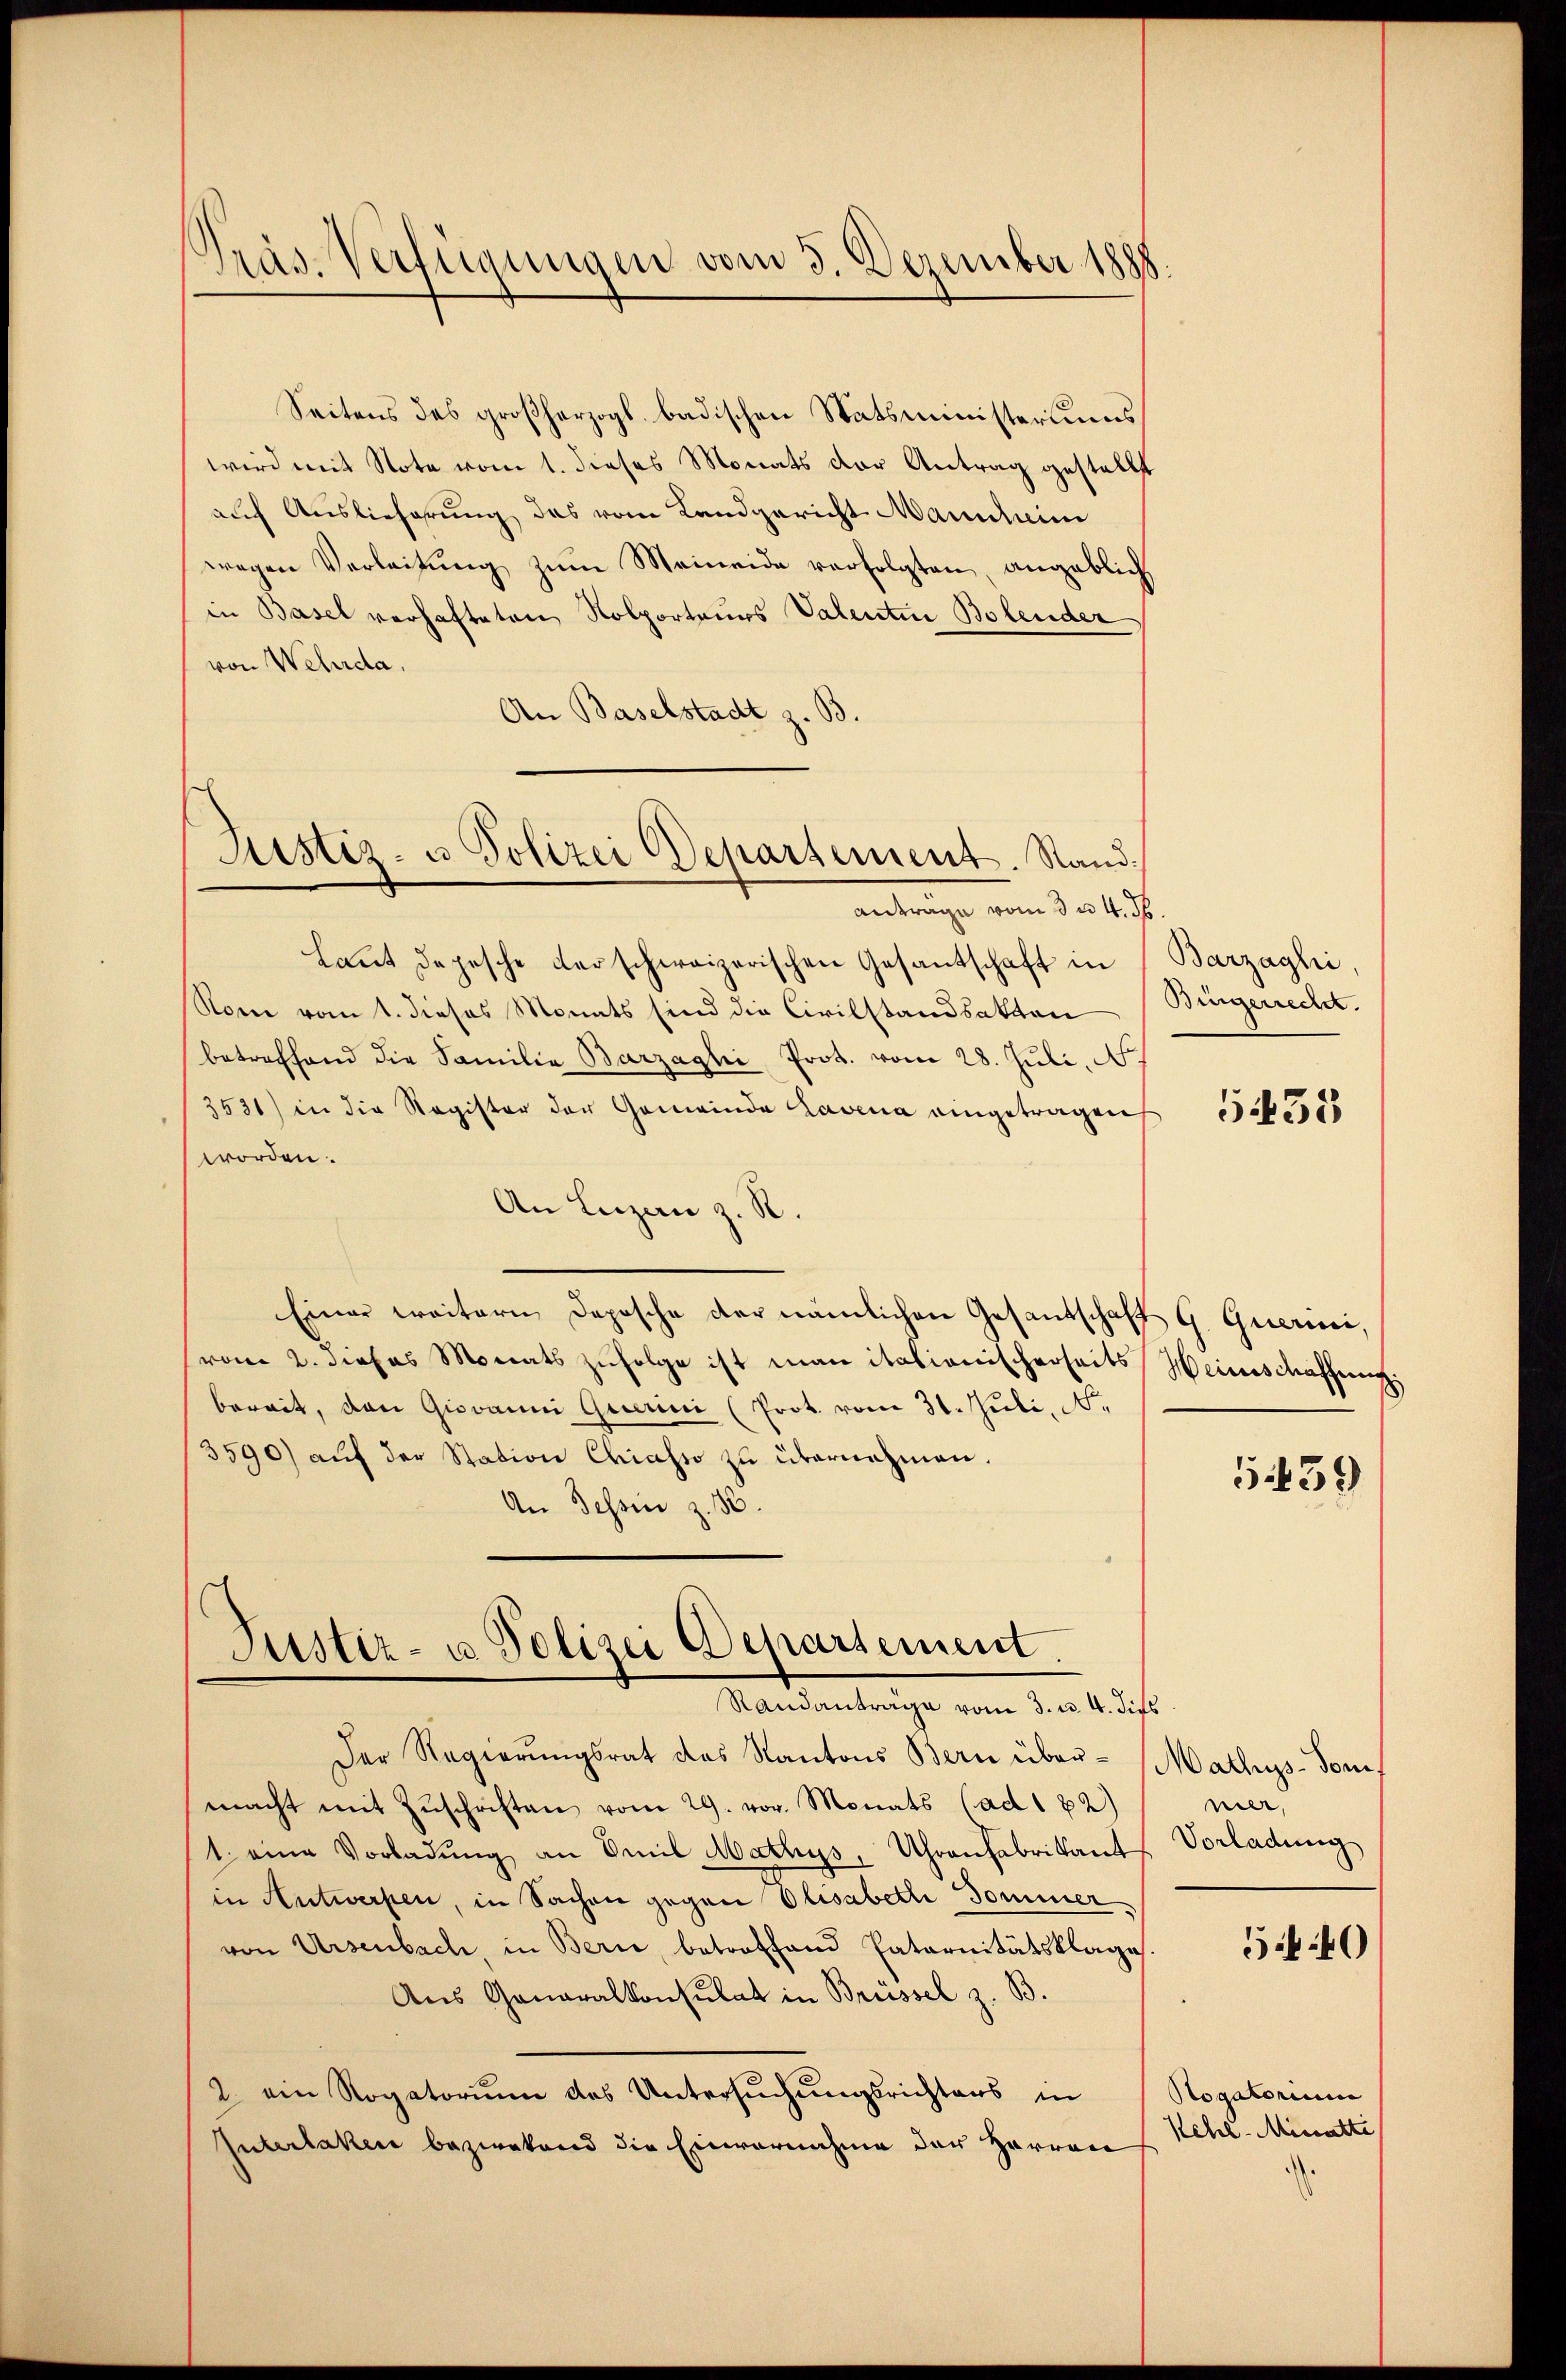
Präs. Verfügungen vom 3. Dezember 1888.

Seitens des großherzogl. badischen Statsministeriums
wird mit Note vom 1. dieses Monats der Antrag gestellt
auf Auslieferung das vom Landgericht Marschein
wegen Verleitŭng zŭm Meineide verfolgten, angeblich
in Basel verhafteten Nolporteurs Valentin Bolender
von Wehrda.
An Baselstadt z. B.
Laut depesche derschweizerischen Gesantschaft in
Nom vom 1. dieses Monats sind die Civilstandsakten Bingerrecht.
betreffend die Familie Barzaghi Prot. vom 28. Juli, N.
3531) in die Register der Gemeinde Lavena eingetragen
worden.
An Luzan z. R.
Einer weitern Deposche der nämlichen Gesandschafts G. Querini,
vom 2. dieses Monats zŭfolge ist man italionischerseits Heinschaffung:
bereit, den Giovanni Querini (Prot. vom 31. Juli, N.
3590) auf der Station Chiasso zu übernehmen.
An Tessin z. B.

Justiz- u Polizei Departement. Stand.
Antrage vom 3 n 4. 16.

Justiz- u Polizei Departement.
Randanträge vom 3. u. 4. dies

Der Regierŭngsrat des Kantons Bern über-Mathis-Sonif
macht mit Zŭschriften vom 29. vor. Monats (ad 1 82)
1. eine Vorladŭng an Emil Mathys, Uhrenfabrikant. Vorladung
in Antwerfen, in Sachen gegen Olisabeth Sommer
von Ursenbach, in Bern, betroffend Catarnitätsklage.
Aus Ganaralkonsulat in Brüssel z. B.
2. ein Rogatorium des Untersuchungsrichters in
Interlaken bezwekend die Einvernahme der Herren

Barzaghi,

5435

5.39

nier,

5 40

Rogatorium
Kehl - Minatte